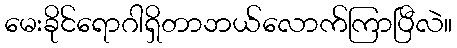
မေးခိုင်ရောဂါရှိတာဘယ်လောက်ကြာပြီလဲ။